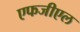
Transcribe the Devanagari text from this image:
एफजीएल